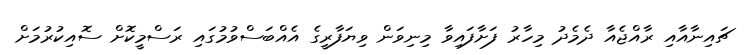
ޗައިނާއާއި ރާއްޖެއާ ދެމެދު މިހާރު ފަށާފައިވާ މިނިވަން ވިޔަފާރީގެ އެއްބަސްވުމުގައި ރަސްމީކޮށް ސޮއިކުރުމަށް